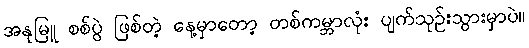
အနုမြူ စစ်ပွဲ ဖြစ်တဲ့ နေ့မှာတော့ တစ်ကမ္ဘာလုံး ပျက်သုဉ်းသွားမှာပဲ။